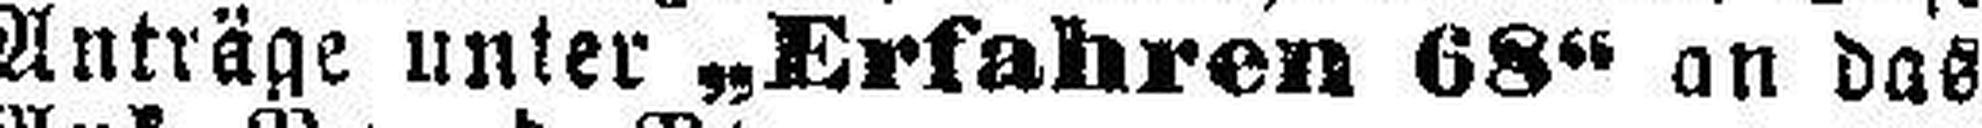
Anträge unter „Erfahren 68“ an das